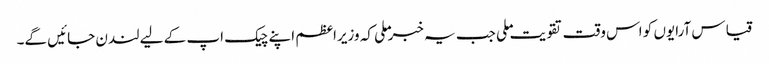
قیاس آرایوں کو اس وقت تقویت ملی جب یہ خبر ملی کہ وزیراعظم اپنے چیک اپ کے لیے لندن جائیں گے۔